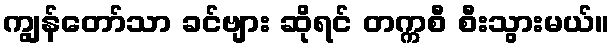
ကျွန်တော်သာ ခင်ဗျား ဆိုရင် တက္ကစီ စီးသွားမယ်။